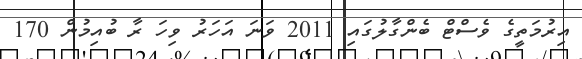
އިރުމަތީގެ ވެސްޓް ބެންގާލުގައި 2011 ވަނަ އަހަރު ވިހަ ރާ ބުއިމުން 170